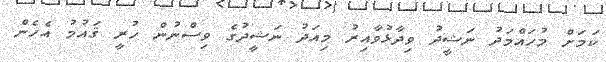
ކަމަށް މުހައްމަދު ނަޝީދު ވިިދާޅުވާއިރު މިއަދު ނަޝީދުގެ ވިސްނުން ހުރީ ޤައުމު އެހެން